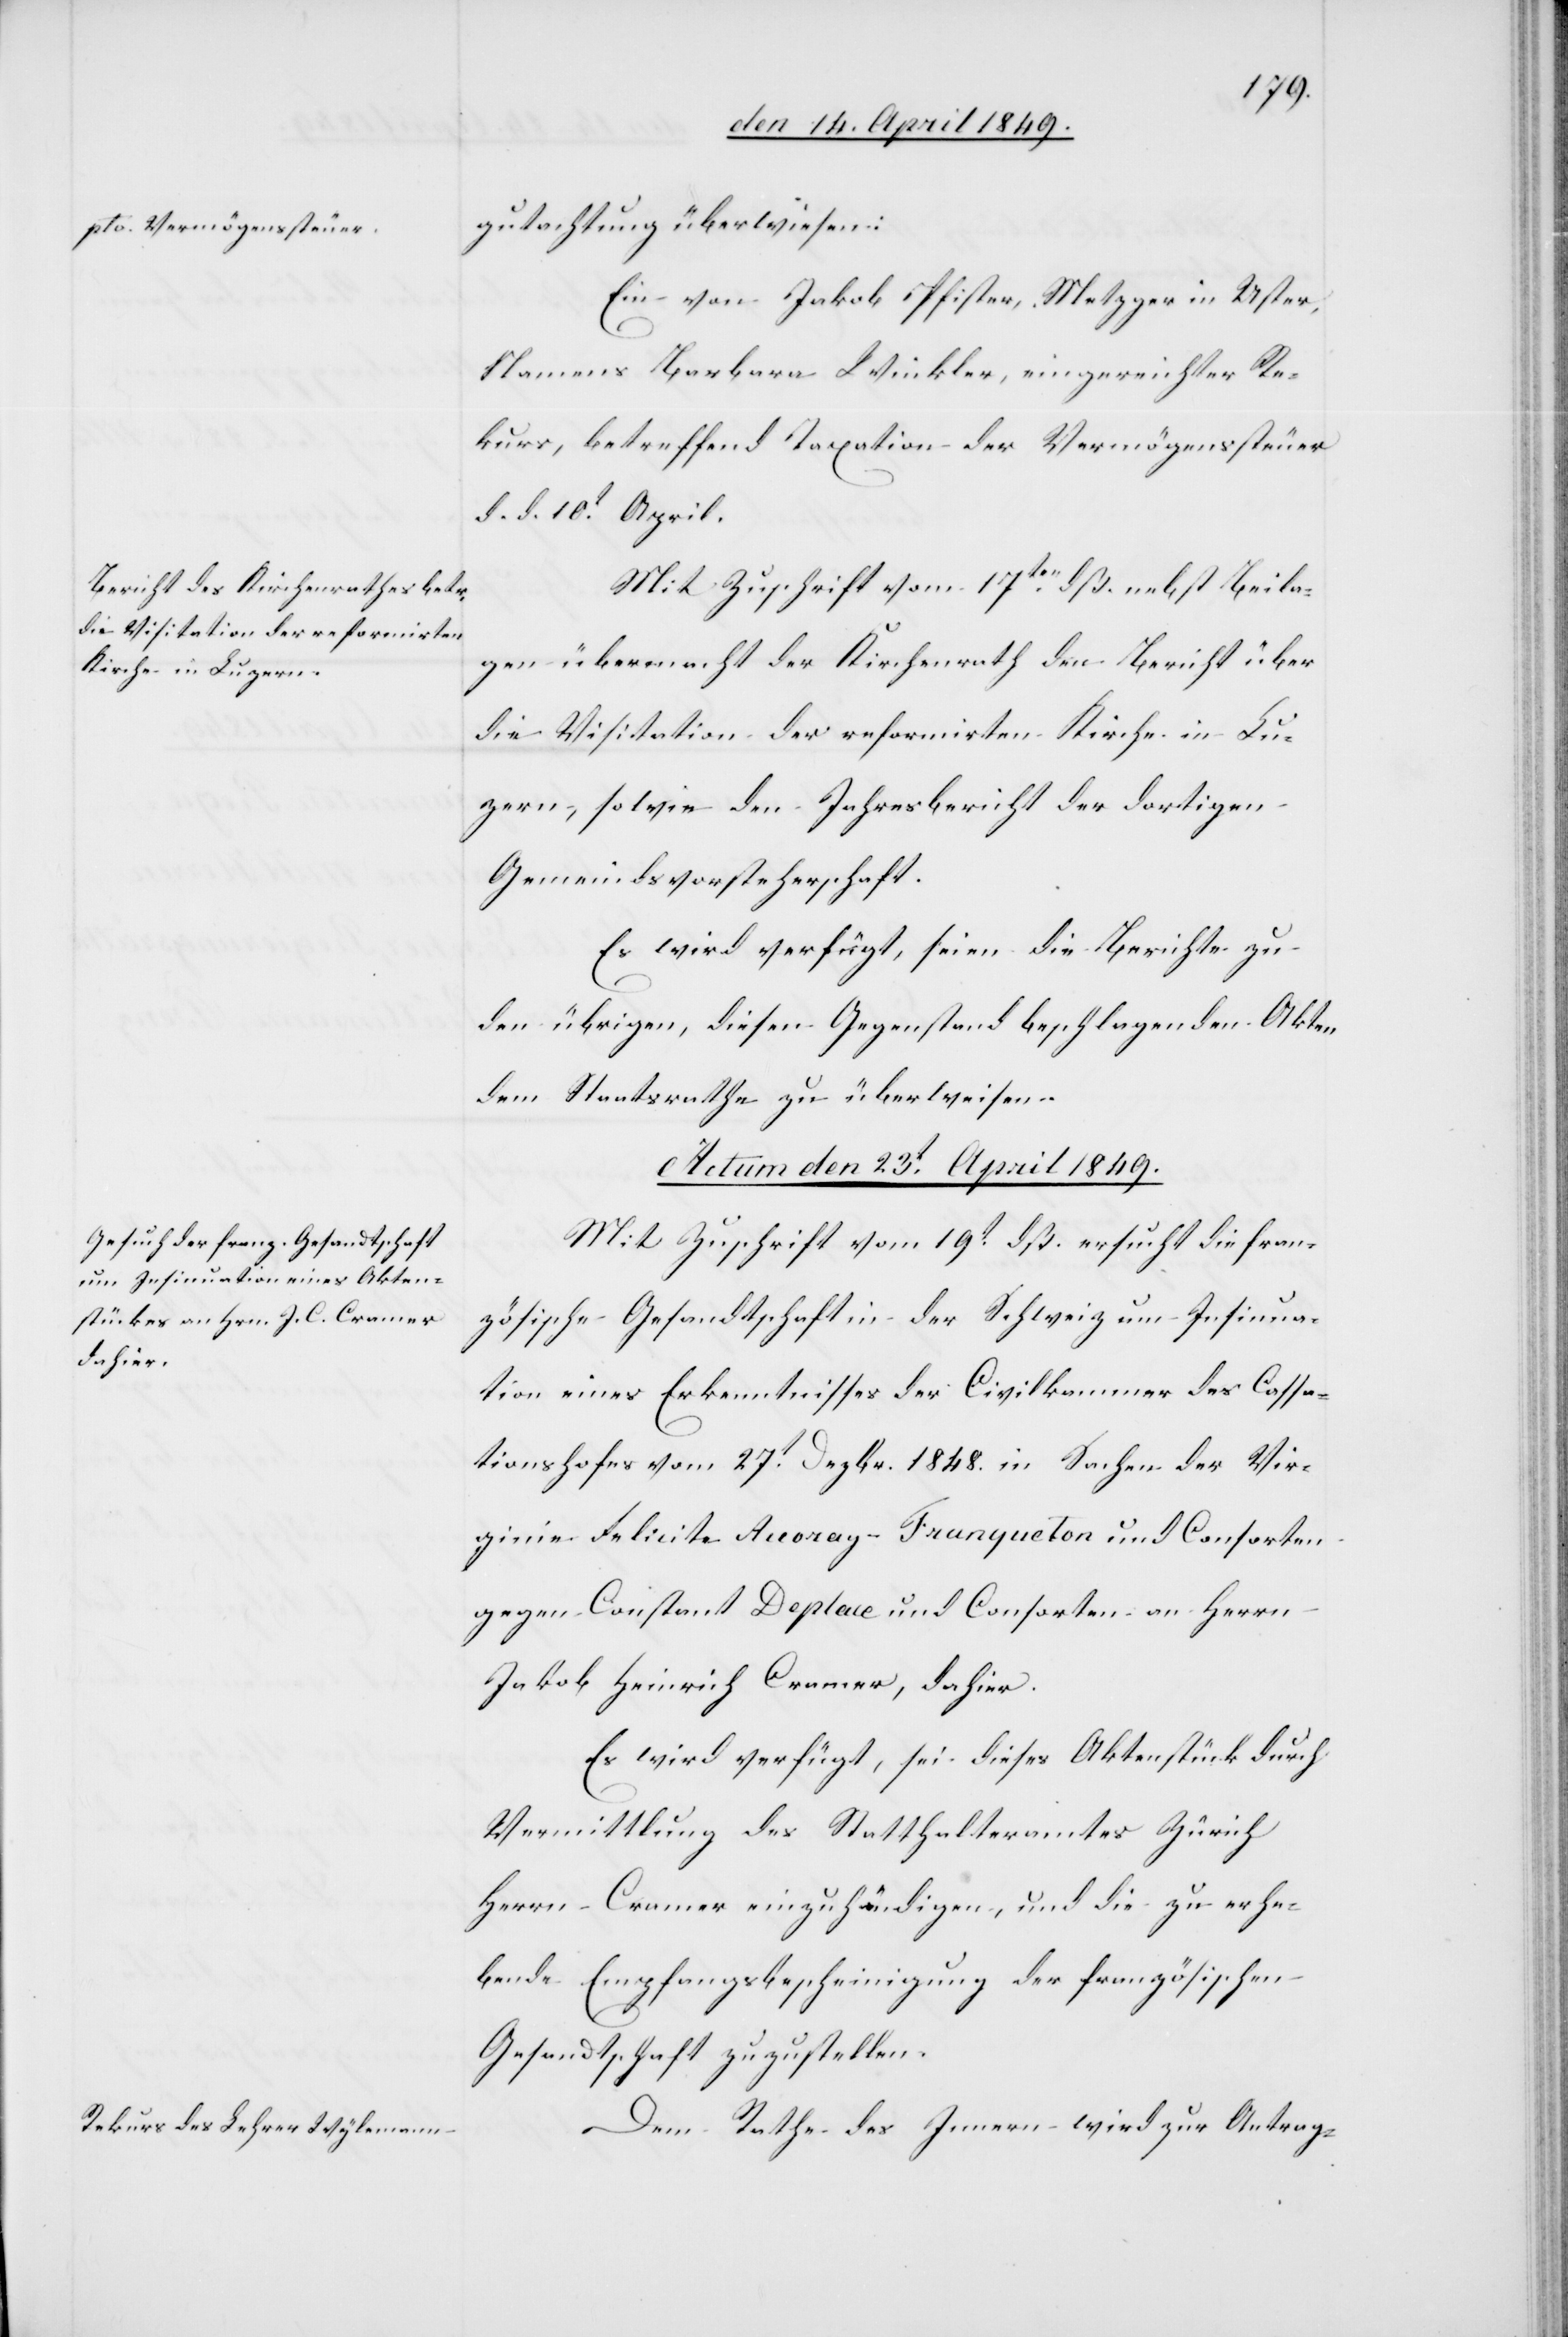
gutachtung überwiesen:
Ein von Jakob Pfister, Metzger in Uster,
Namens Barbara Winkler, eingereichter Re¬
kurs, betreffend Taxation der Vermögenssteuer
d. d. 10t April.
Mit Zuschrift vom 17ten dß. nebst Beila¬
gen übermacht der Kirchenrath den Bericht über
die Visitation der reformirten Kirche in Lu¬
zern, sowie den Jahresbericht der dortigen
Gemeindsvorsteherschaft.
Es wird verfügt, seien die Berichte zu
den übrigen, diesen Gegenstand beschlagenden Akten
dem Staatsrathe zu überweisen.
Actum den 23t April 1849.]
Mit Zuschrift vom 19t dß. ersucht die fran¬
zösische Gesandtschaft in der Schweiz um Insinua¬
tion eines Erkenntnisses der Civilkammer des Cassa¬
tionshofes vom 27t Dezbr. 1848. in Sachen der Vir¬
ginie Felicite Auroray-Franqeuton und Consorten
gegen Constant Depleue und Consorten an Herrn
Jakob Heinrich Cramer, dahier.
Es wird verfügt, sei dieses Aktenstück durch
Vermittlung des Statthalteramtes Zürich
Herrn Cramer einzuhändigen, und die zu erhe¬
bende Empfangsbescheinigung der französischen
Gesandtschaft zuzustellen.
Dem Rathe des Innern wird zur Antrag-